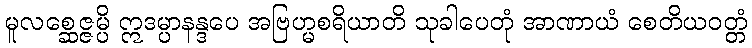
မူလစ္ဆေဇ္ဇမ္ပိ ဣဒမ္ပာနန္ဒပေ အဗြဟ္မစရိယာတိ သုခါပေတုံ အာဏာယံ စေတိယဝတ္တံ